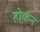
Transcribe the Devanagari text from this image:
होकन